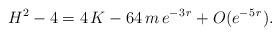
LaTeX: \begin{align*}H^2 - 4 = 4 \, K - 64 \, m \, e^{- 3 \, r} + O (e^{- 5 \, r}).\end{align*}